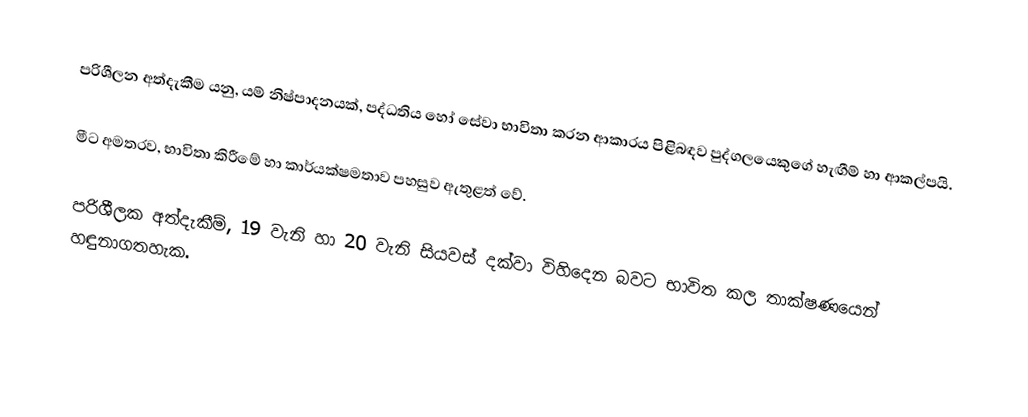
පරිශීලන අත්දැකීම යනු, යම් නිෂ්පාදනයක්, පද්ධතිය හෝ සේවා භාවිතා කරන ආකාරය පිළිබඳව පුද්ගලයෙකුගේ හැඟීම් හා ආකල්පයි.

මීට අමතරව, භාවිතා කිරීමේ හා කාර්යක්ෂමතාව පහසුව ඇතුළත් වේ.

පරිශීලක අත්දැකීම්, 19 වැනි හා 20 වැනි සියවස් දක්වා විහිදෙන බවට භාවිත කල තාක්ෂණයෙන් හඳුනාගතහැක.